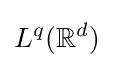
L^{q}(\mathbb {R} ^{d})